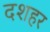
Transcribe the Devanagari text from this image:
दशहर